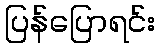
ပြန်ပြောရင်း